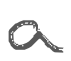
Text: a
Cross-out: clean
Writing tool: digital_gray